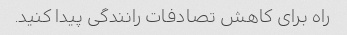
راه برای کاهش تصادفات رانندگی پیدا کنید.